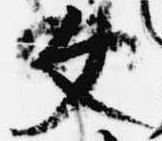
文